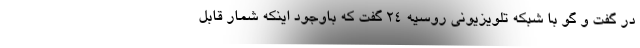
در گفت و گو با شبکه تلویزیونی روسیه ۲۴ گفت که باوجود اینکه شمار قابل